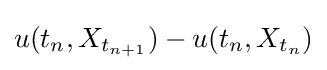
u(t_{n},X_{t_{n+1}})-u(t_{n},X_{t_{n}})